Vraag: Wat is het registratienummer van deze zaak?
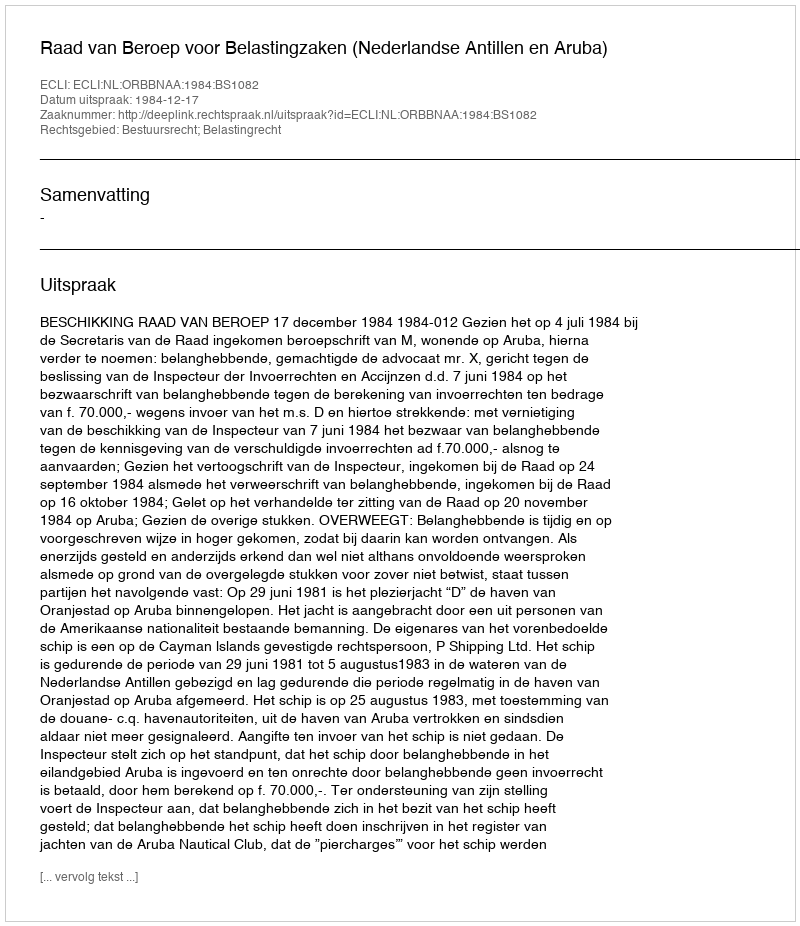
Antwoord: http://deeplink.rechtspraak.nl/uitspraak?id=ECLI:NL:ORBBNAA:1984:BS1082